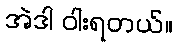
အဲဒါ ဝါးရတယ်။